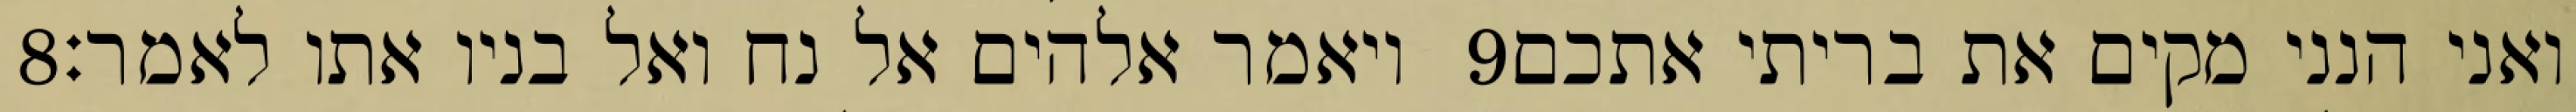
‎8‏ ויאמר אלהים אל נח ואל בניו אתו לאמר׃ ‎9‏ ואני הנני מקים את בריתי אתכם